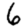
Digit: 6